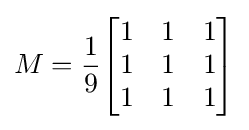
M={\frac {1}{9}}{\begin{bmatrix}1&1&1\\1&1&1\\1&1&1\\\end{bmatrix}}